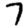
Digit: 7